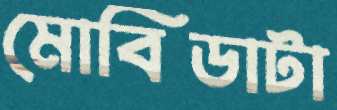
মোবিডাটা